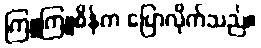
ကြူကြူစိန်က ပြောလိုက်သည်။